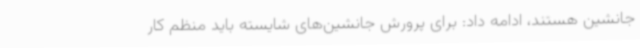
جانشین هستند، ادامه داد: برای پرورش جانشین‌های شایسته باید منظم کار